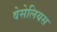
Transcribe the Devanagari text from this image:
वेसेलियस